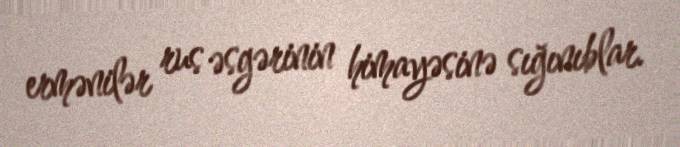
ermənilər rus əsgərinin himayəsinə sığınıblar.